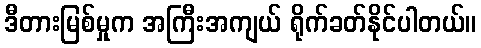
ဒီတားမြစ်မှုက အကြီးအကျယ် ရိုက်ခတ်နိုင်ပါတယ်။